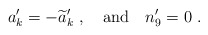
\begin{align*}a_k^\prime = - {\widetilde a_k}^\prime\ , \ \ \ {\rm and} \ \ \ n_9^\prime = 0\ .\end{align*}